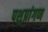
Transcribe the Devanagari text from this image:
पशुप्रांगण